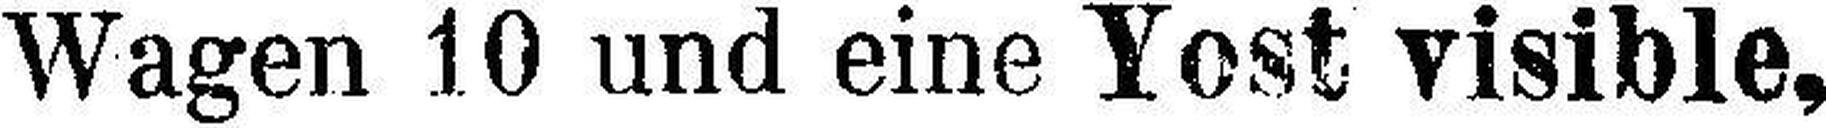
Wagen 10 und eine Yost visible,